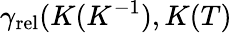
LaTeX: \gamma_{\mathrm{rel}}(K(K^{-1}),K(T)